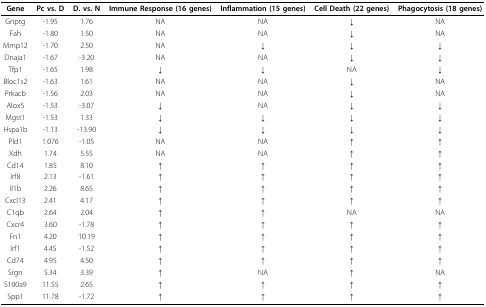
| Gene | Pc vs. D | D. vs. N | Immune Response (16 genes) | Inflammation (15 genes) | Cell Death (22 genes) | Phagocytosis (18 genes) |
 | --- | --- | --- | --- | --- | --- | --- |
 | Gnptg | -1.95 | 1.76 | NA | NA | ↓ | NA |
 | Fah | -1.80 | 1.50 | NA | NA | ↓ | NA |
 | Mmp12 | -1.70 | 2.50 | NA | ↓ | ↓ | ↓ |
 | Dnaja1 | -1.67 | -3.20 | NA | NA | ↓ | ↓ |
 | Tfp1 | -1.65 | 1.98 | ↓ | ↓ | NA | ↓ |
 | Bloc1s2 | -1.63 | 1.61 | NA | NA | ↓ | NA |
 | Prkacb | -1.56 | 2.03 | NA | NA | ↓ | NA |
 | Alox5 | -1.53 | -3.07 | ↓ | NA | ↓ | ↓ |
 | Mgst1 | -1.53 | 1.33 | ↓ | ↓ | ↓ | ↓ |
 | Hspa1b | -1.13 | -13.90 | ↓ | ↓ | ↓ | ↓ |
 | Pld1 | 1.076 | -1.05 | NA | NA | ↑ | ↑ |
 | Xdh | 1.74 | 5.55 | NA | NA | ↑ | ↑ |
 | Cd14 | 1.85 | 8.10 | ↑ | ↑ | ↑ | ↑ |
 | Irf8 | 2.13 | -1.61 | ↑ | ↑ | ↑ | ↑ |
 | Il1b | 2.26 | 8.65 | ↑ | ↑ | ↑ | ↑ |
 | Cxcl13 | 2.41 | 4.17 | ↑ | ↑ | ↑ | ↑ |
 | C1qb | 2.64 | 2.04 | ↑ | ↑ | NA | NA |
 | Cxcr4 | 3.60 | -1.78 | ↑ | ↑ | ↑ | ↑ |
 | Fn1 | 4.20 | 10.19 | ↑ | ↑ | ↑ | ↑ |
 | Irf1 | 4.45 | -1.52 | ↑ | ↑ | ↑ | ↑ |
 | Cd74 | 4.95 | 4.50 | ↑ | ↑ | ↑ | ↑ |
 | Srgn | 5.34 | 3.39 | ↑ | NA | ↑ | NA |
 | S100a9 | 11.55 | 2.65 | ↑ | ↑ | ↑ | ↑ |
 | Spp1 | 11.78 | -1.72 | ↑ | ↑ | ↑ | ↑ |